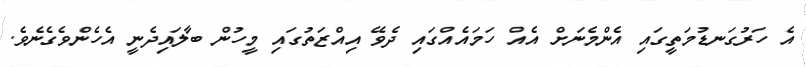
އެ ހަރުގަނޑުމަތީގައި އެންމެނަށް އެއް ހަމައެއްގައި ދެވޭ އިއްޒަތުގައި މީހުން ބާލައިދެނީ އެހެންވެގެނެވެ.